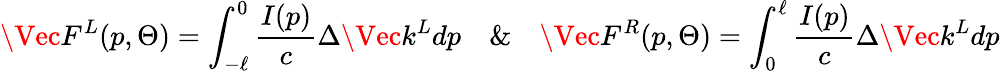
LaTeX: \Vec{F}^{L}(p,\Theta)=\int_{-\ell}^{0}\frac{I(p)}{c}\Delta\Vec{k}^{L}dp\quad\& \quad\Vec{F}^{R}(p,\Theta)=\int_{0}^{\ell}\frac{I(p)}{c}\Delta\Vec{k}^{L}dp